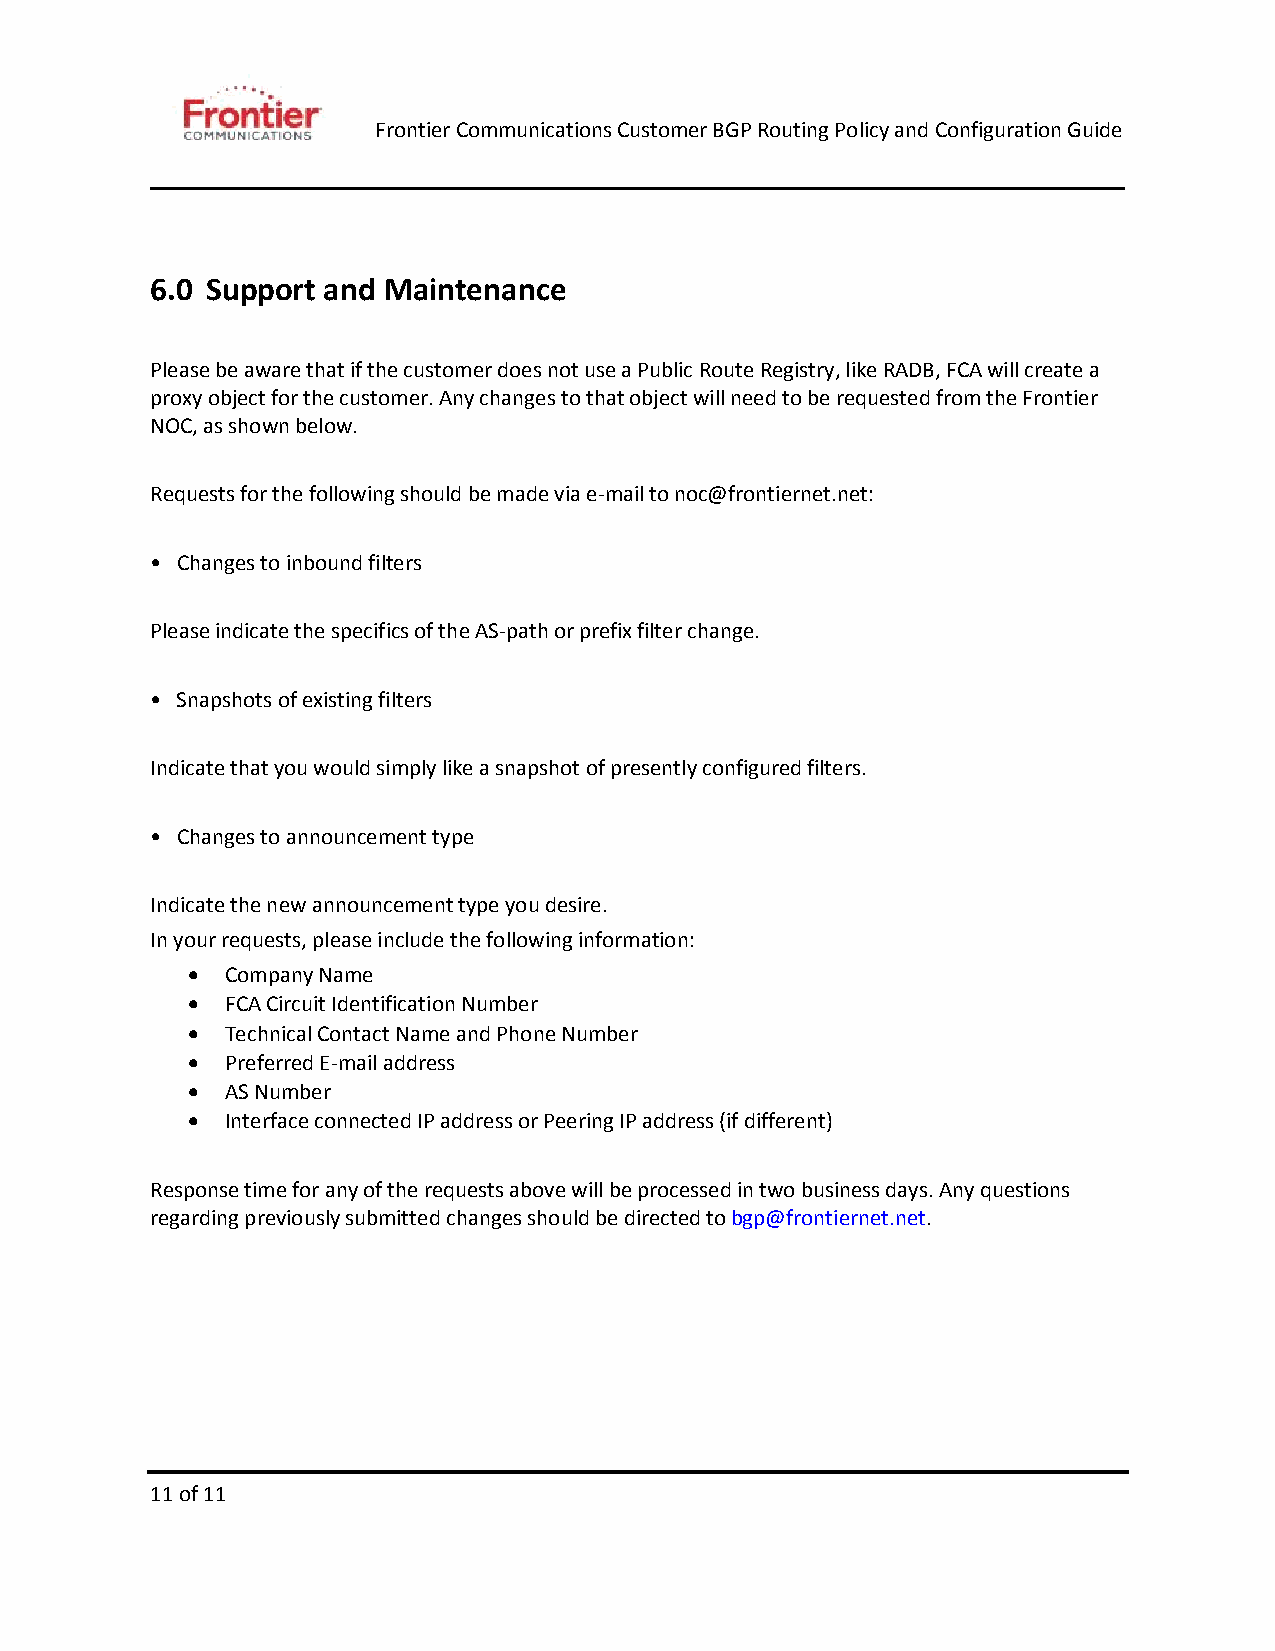
Frontier Communications Customer BGP Routing Policy and Configuration Guide
 6.0 Support and Maintenance
 Please be aware that if the customer does not use a Public Route Registry, like RADB, FCA will create a
 proxy object for the customer. Any changes to that object will need to be requested from the Frontier
 NOC, as shown below.
 Requests for the following should be made via e-mail to noc@frontiernet.net:
 • Changes to inbound filters
 Please indicate the specifics of the AS-path or prefix filter change.
 • Snapshots of existing filters
 Indicate that you would simply like a snapshot of presently configured filters.
 • Changes to announcement type
 Indicate the new announcement type you desire.
 In your requests, please include the following information:
   Company Name
   FCA Circuit Identification Number
   Technical Contact Name and Phone Number
   Preferred E-mail address
   AS Number
   Interface connected IP address or Peering IP address (if different)
 Response time for any of the requests above will be processed in two business days. Any questions
 regarding previously submitted changes should be directed to bgp@frontiernet.net.
 11 of 11